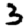
Digit: 3